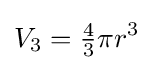
V_{3}={\tfrac {4}{3}}\pi r^{3}